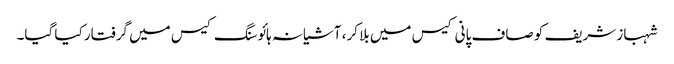
شہباز شریف کو صاف پانی کیس میں بلا کر، آشیانہ ہائوسنگ کیس میں گرفتار کیا گیا۔